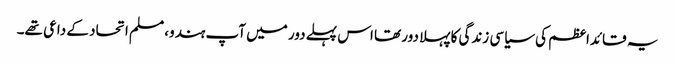
یہ قائداعظم کی سیاسی زندگی کا پہلا دور تھا اس پہلے دور میں آپ ہندو، مسلم اتحاد کے داعی تھے۔